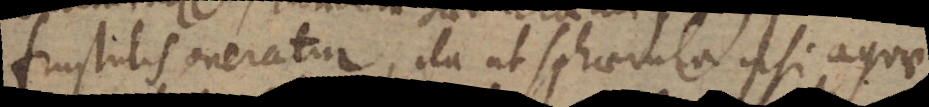
frustulis oneratur, ita ut sphaerula ipsi aquae